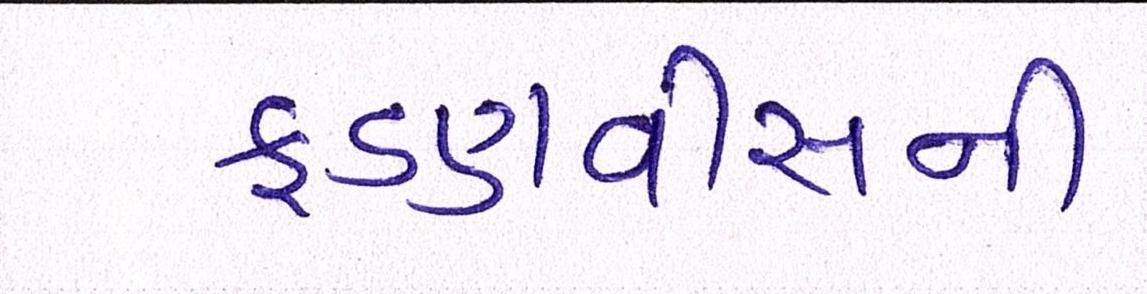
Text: ફડણવીસની